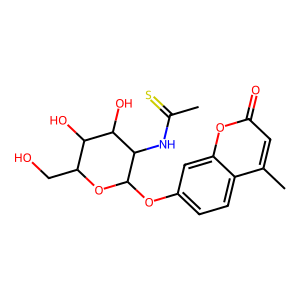
SMILES: CC(=S)NC1C(Oc2ccc3c(C)cc(=O)oc3c2)OC(CO)C(O)C1O
Inhibits HIV replication: No